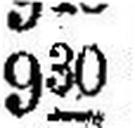
930